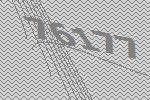
76177